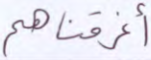
أغرقناهم